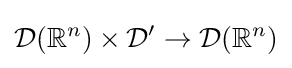
{\mathcal {D}}(\mathbb {R} ^{n})\times {\mathcal {D}}'\to {\mathcal {D}}(\mathbb {R} ^{n})